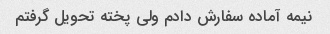
نیمه آماده سفارش دادم ولی پخته تحویل گرفتم